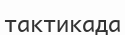
тактикада